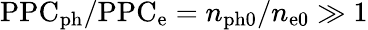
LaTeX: \mathrm{PPC}_{\mathrm{ph}}/\mathrm{PPC}_{\mathrm{e}}=n_{\mathrm{ph0}}/n_{\mathrm{e0}}\gg 1